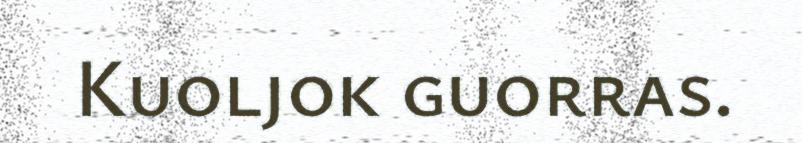
Kuoljok guorras.